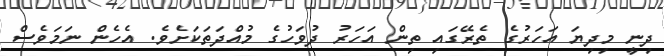
ދިނީ މިދިޔަ އަހަރުގެ ތެރޭގައި ތިން އަހަރު ދުވަހުގެ މުއްދަތަކަށެވެ. އެހެން ނަމަވެސް